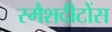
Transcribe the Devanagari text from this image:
स्मैशदीटोंस